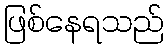
ဖြစ်နေရသည်